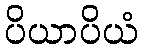
ပိယာပိယံ